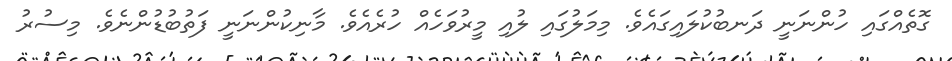
ގޮތެއްގައި ހުންނަނީ ދަނބުކުލައިގައެވެ. މިމަލުގައި ލުއި މީރުވަހެއް ހުރެއެވެ. މާނިކުންނަނީ ފަތުބުޑުންނެވެ. މިސުރު